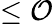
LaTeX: \leq\mathcal{O}